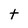
Character: t